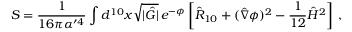
S = { \frac { 1 } { 1 6 \pi \alpha ^ { \prime 4 } } } \int d ^ { 1 0 } x \sqrt { | \hat { G } | } \, e ^ { - \phi } \left[ \hat { R } _ { 1 0 } + ( \hat { \nabla } \phi ) ^ { 2 } - { \frac { 1 } { 1 2 } } \hat { H } ^ { 2 } \right] \, ,